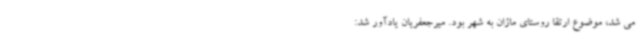
می شد، موضوع ارتقا روستای ماژان به شهر بود. میرجعفریان یادآور شد: